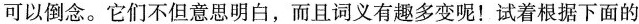
可以倒念。它们不但意思明白，而且词义有趣多变呢！试着根据下面的